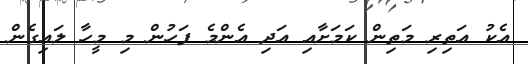
އެކު އަތިރި މަތިން ކަމަށާއި އަދި އެންމެ ފަހުން މި މީހާ ލައިގެން